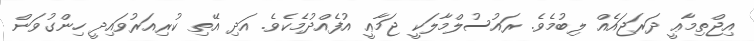
އިޖްތިމާޢީ ދަރަޖައެއް ލިބުމެވެ. ރައުސުލްމާލަކީ ޖަމާޢީ އުފެއްދުމެކެވެ. އަދި އޭތި ކުރިއަރުވައިދީ ހިންގުވަން